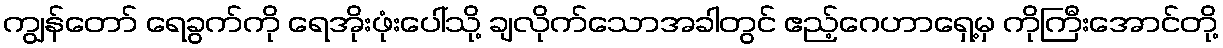
ကျွန်တော် ရေခွက်ကို ရေအိုးဖုံးပေါ်သို့ ချလိုက်သောအခါတွင် ဧည့်ဂေဟာရှေ့မှ ကိုကြီးအောင်တို့